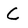
Character: C